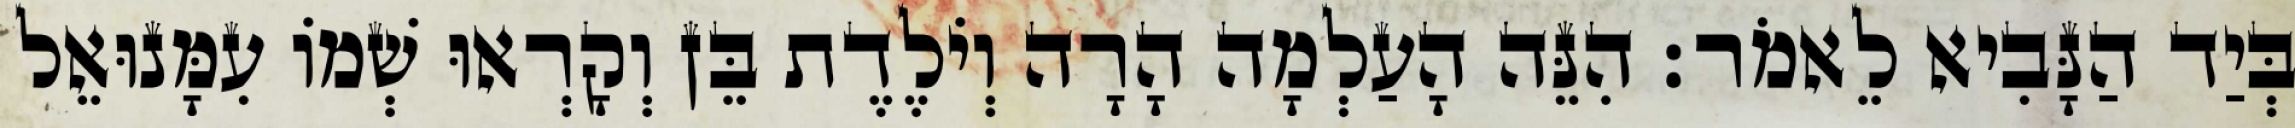
בְּיַד הַנָּבִיא לֵאמֹר׃ הִנֵּה הָעַלְמָה הָרָה וְיֹלֶדֶת בֵּן וְקָרְאוּ שְׁמוֹ עִמָּנוּאֵל